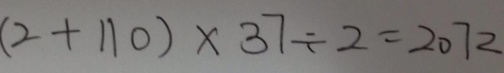
( 2 + 1 1 0 ) \times 3 7 \div 2 = 2 0 7 2